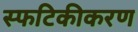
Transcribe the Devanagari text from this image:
स्फटिकीकरण